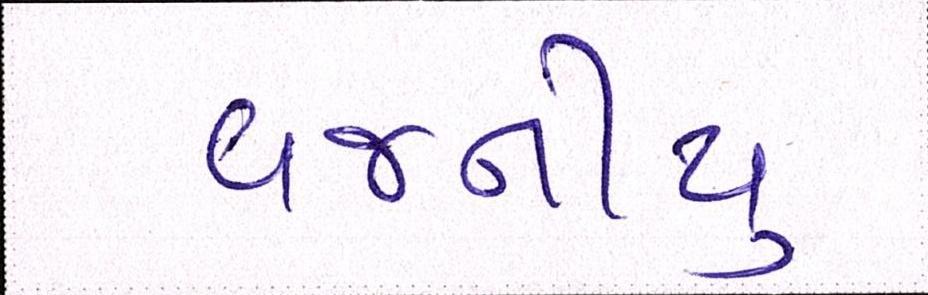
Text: વજનીયુ